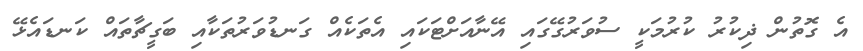
އެ ގޮތުން ޛިކުރު ކުރުމަކީ ސުވަރުގޭގައި އޭނާއަށްޓަކައި އެތަކެއް ގަނޑުވަރުތަކާއި ބަގީޗާތައް ކަނޑައެޅޭ